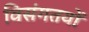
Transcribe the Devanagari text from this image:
विसंगतयों